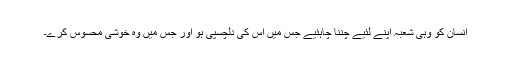
انسان کو وہی شعبہ اپنے لئیے چننا چاہئیے جس میں اس کی دلچسپی ہو اور جس میں وہ خوشی محسوس کرے۔